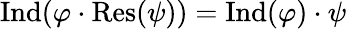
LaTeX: {\mathrm{Ind}}(\varphi\cdot{\mathrm{Res}}(\psi))={\mathrm{Ind}}(\varphi)\cdot\psi